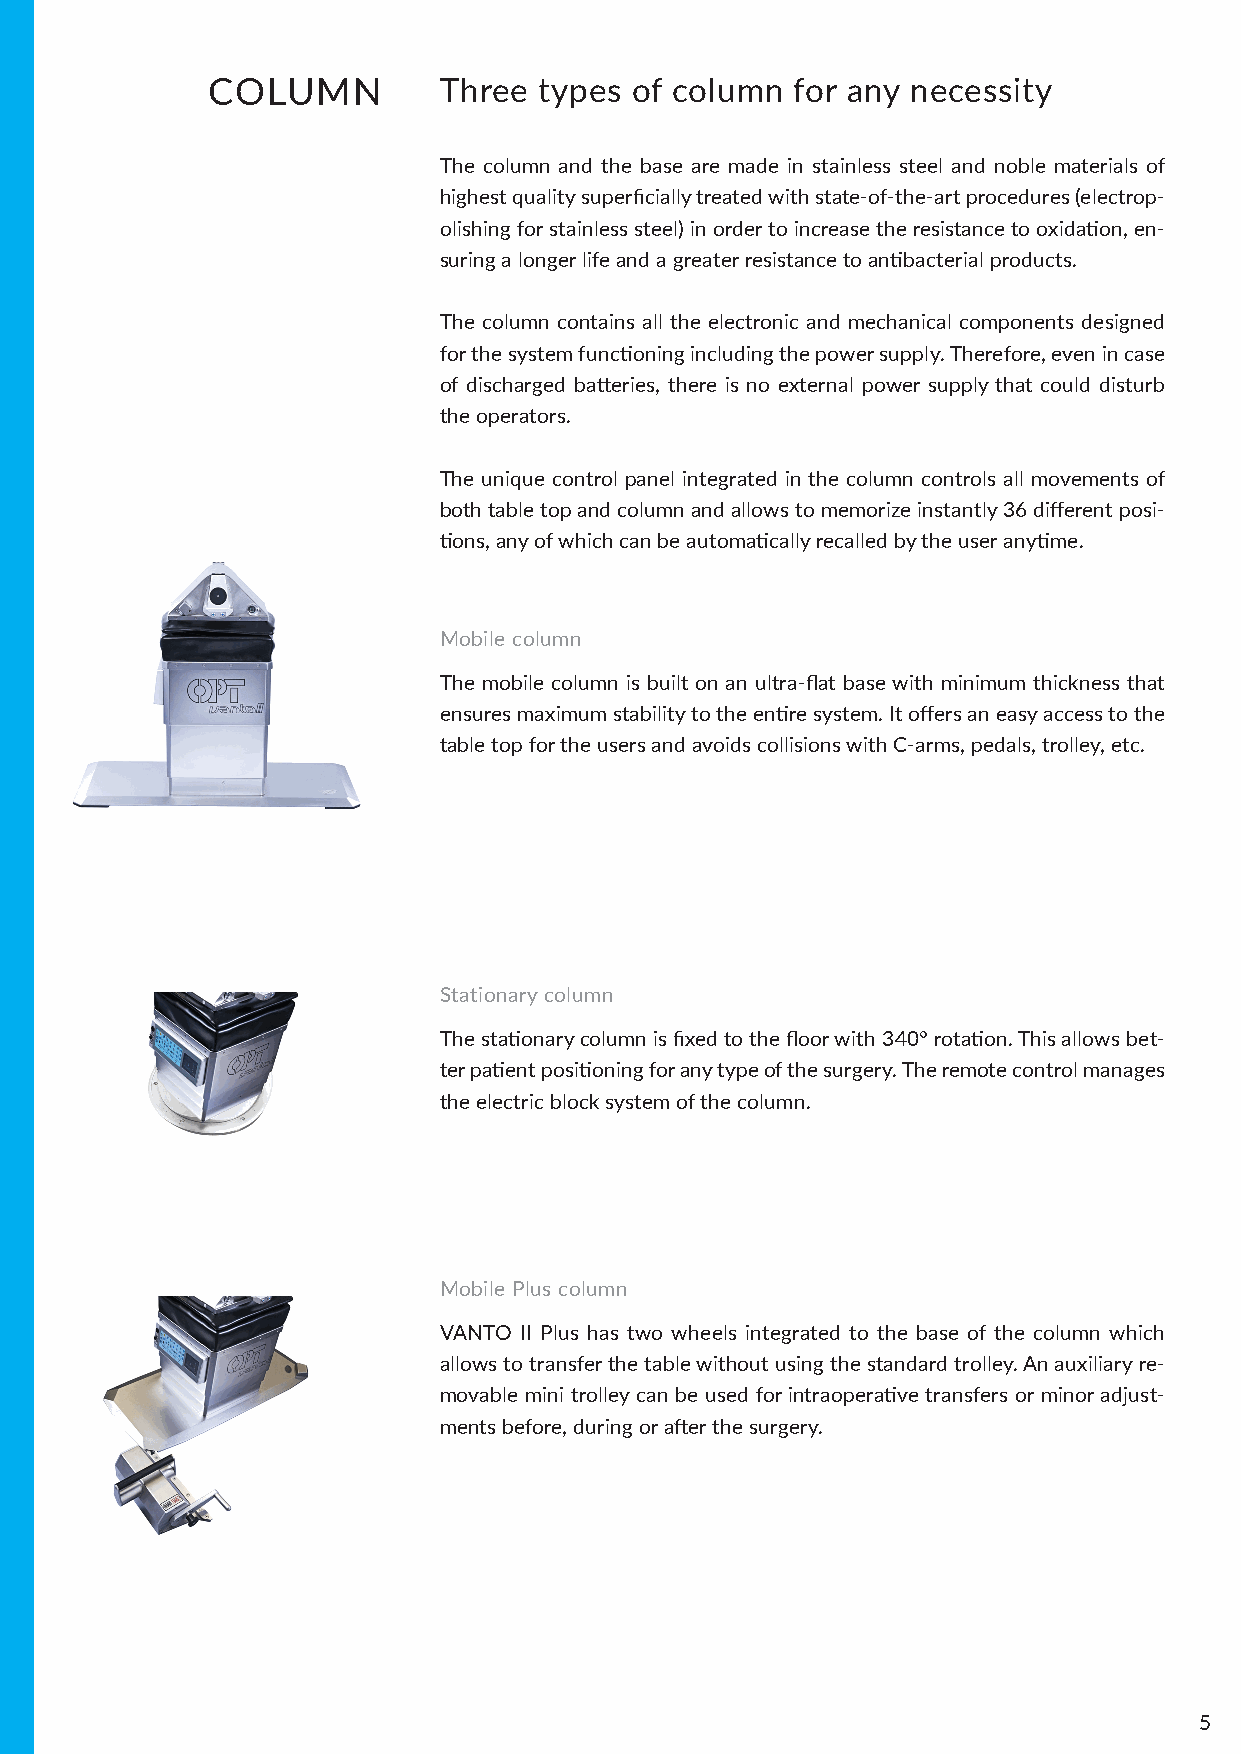
COLUMN         Three  types of column  for any necessity
 The column and the base are made in stainless steel and noble materials of
 highest quality superficially treated with state-of-the-art procedures (electrop-
 olishing for stainless steel) in order to increase the resistance to oxidation, en-
 suring a longer life and a greater resistance to antibacterial products.
 The column contains all the electronic and mechanical components designed
 for the system functioning including the power supply. Therefore, even in case
 of discharged batteries, there is no external power supply that could disturb
 the operators.
 The unique control panel integrated in the column controls all movements of
 both table top and column and allows to memorize instantly 36 different posi-
 tions, any of which can be automatically recalled by the user anytime.
 Mobile column
 The mobile column is built on an ultra-flat base with minimum thickness that
 ensures maximum stability to the entire system. It offers an easy access to the
 table top for the users and avoids collisions with C-arms, pedals, trolley, etc.
 Stationary column
 The stationary column is fixed to the floor with 340° rotation. This allows bet-
 ter patient positioning for any type of the surgery. The remote control manages
 the electric block system of the column.
 Mobile Plus column
 VANTO II Plus has two wheels integrated to the base of the column which
 allows to transfer the table without using the standard trolley. An auxiliary re-
 movable mini trolley can be used for intraoperative transfers or minor adjust-
 ments before, during or after the surgery.
 5